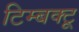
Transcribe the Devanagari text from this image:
टिम्बक्टू